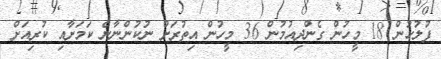
ފުލުހުން 18 މީހުން ގެންދިއުމުން 36 މީހުން އިތުރަށް ނުކުންނާނެ ކަމަށާއި ކުރިއަށް